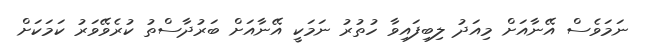
ނަމަވެސް އޭނާއަށް މިއަދު ލިބިފައިވާ ހުތުރު ނަމަކީ އޭނާއަށް ބަރުދާސްތު ކުރެވޭވަރު ކަމަކަށް